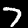
Digit: 7